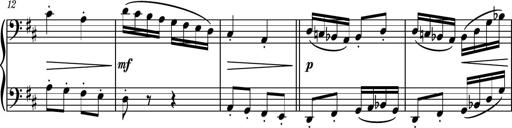
Title: Piano Sonatina No.4
Composer: Dimitri Sykias
Key: D major